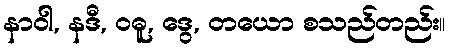
နာဝါ, နဒီ, ဝဓူ, ဒွေ, တယော စသည်တည်း။